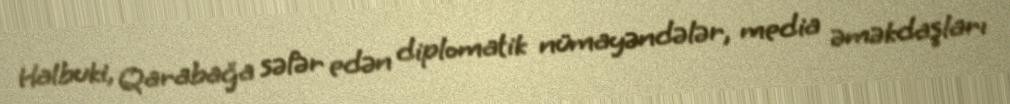
Halbuki, Qarabağa səfər edən diplomatik nümayəndələr, media əməkdaşları